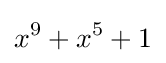
x^{9}+x^{5}+1